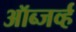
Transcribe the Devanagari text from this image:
ऑब्जर्व्ह